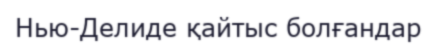
Нью-Делиде қайтыс болғандар